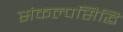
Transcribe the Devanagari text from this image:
संकल्पसिद्धि